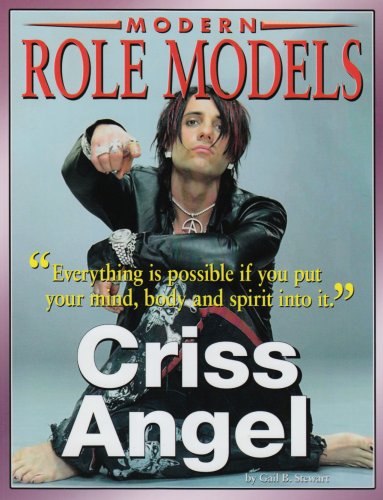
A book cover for Criss Angel (Modern Role Models); Gail B. Stewart; Children's Books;